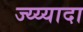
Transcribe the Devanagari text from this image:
ज्य्य्यादा